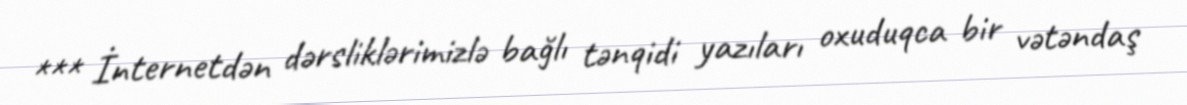
*** İnternetdən dərsliklərimizlə bağlı tənqidi yazıları oxuduqca bir vətəndaş